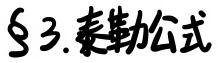
$\S\ 3.$ 泰勒公式